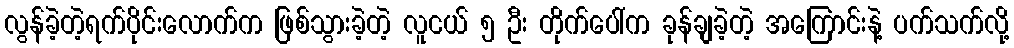
လွန်ခဲ့တဲ့ရက်ပိုင်းလောက်က ဖြစ်သွားခဲ့တဲ့ လူငယ် ၅ ဦး တိုက်ပေါ်က ခုန်ချခဲ့တဲ့ အကြောင်းနဲ့ ပက်သက်လို့